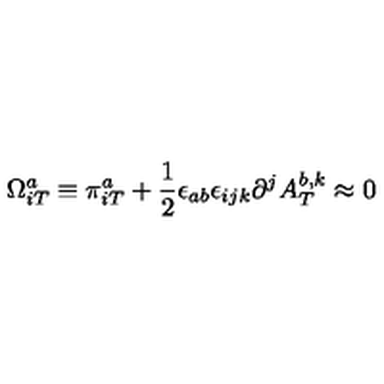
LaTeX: \Omega _ { i T } ^ { a } \equiv \pi _ { i T } ^ { a } + \frac { 1 } { 2 } \epsilon _ { a b } \epsilon _ { i j k } \partial ^ { j } A _ { T } ^ { b , k } \approx 0